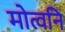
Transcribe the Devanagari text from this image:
मोत्वनि